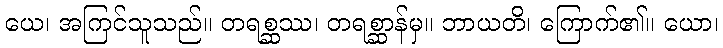
ယေ၊ အကြင်သူသည်။ တရစ္ဆဿ၊ တရစ္ဆာန်မှ။ ဘာယတိ၊ ကြောက်၏။ ယော၊